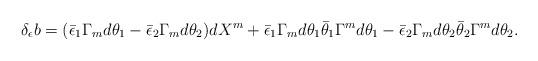
LaTeX: \begin{align*}\delta_{\epsilon} b = (\bar\epsilon_1 \Gamma_m d \theta_1 - \bar\epsilon_2\Gamma_m d\theta_2) dX^m +\bar\epsilon_1\Gamma_m d\theta_1 \bar\theta_1 \Gamma^m d\theta_1- \bar\epsilon_2\Gamma_m d\theta_2 \bar\theta_2 \Gamma^m d\theta_2.\end{align*}